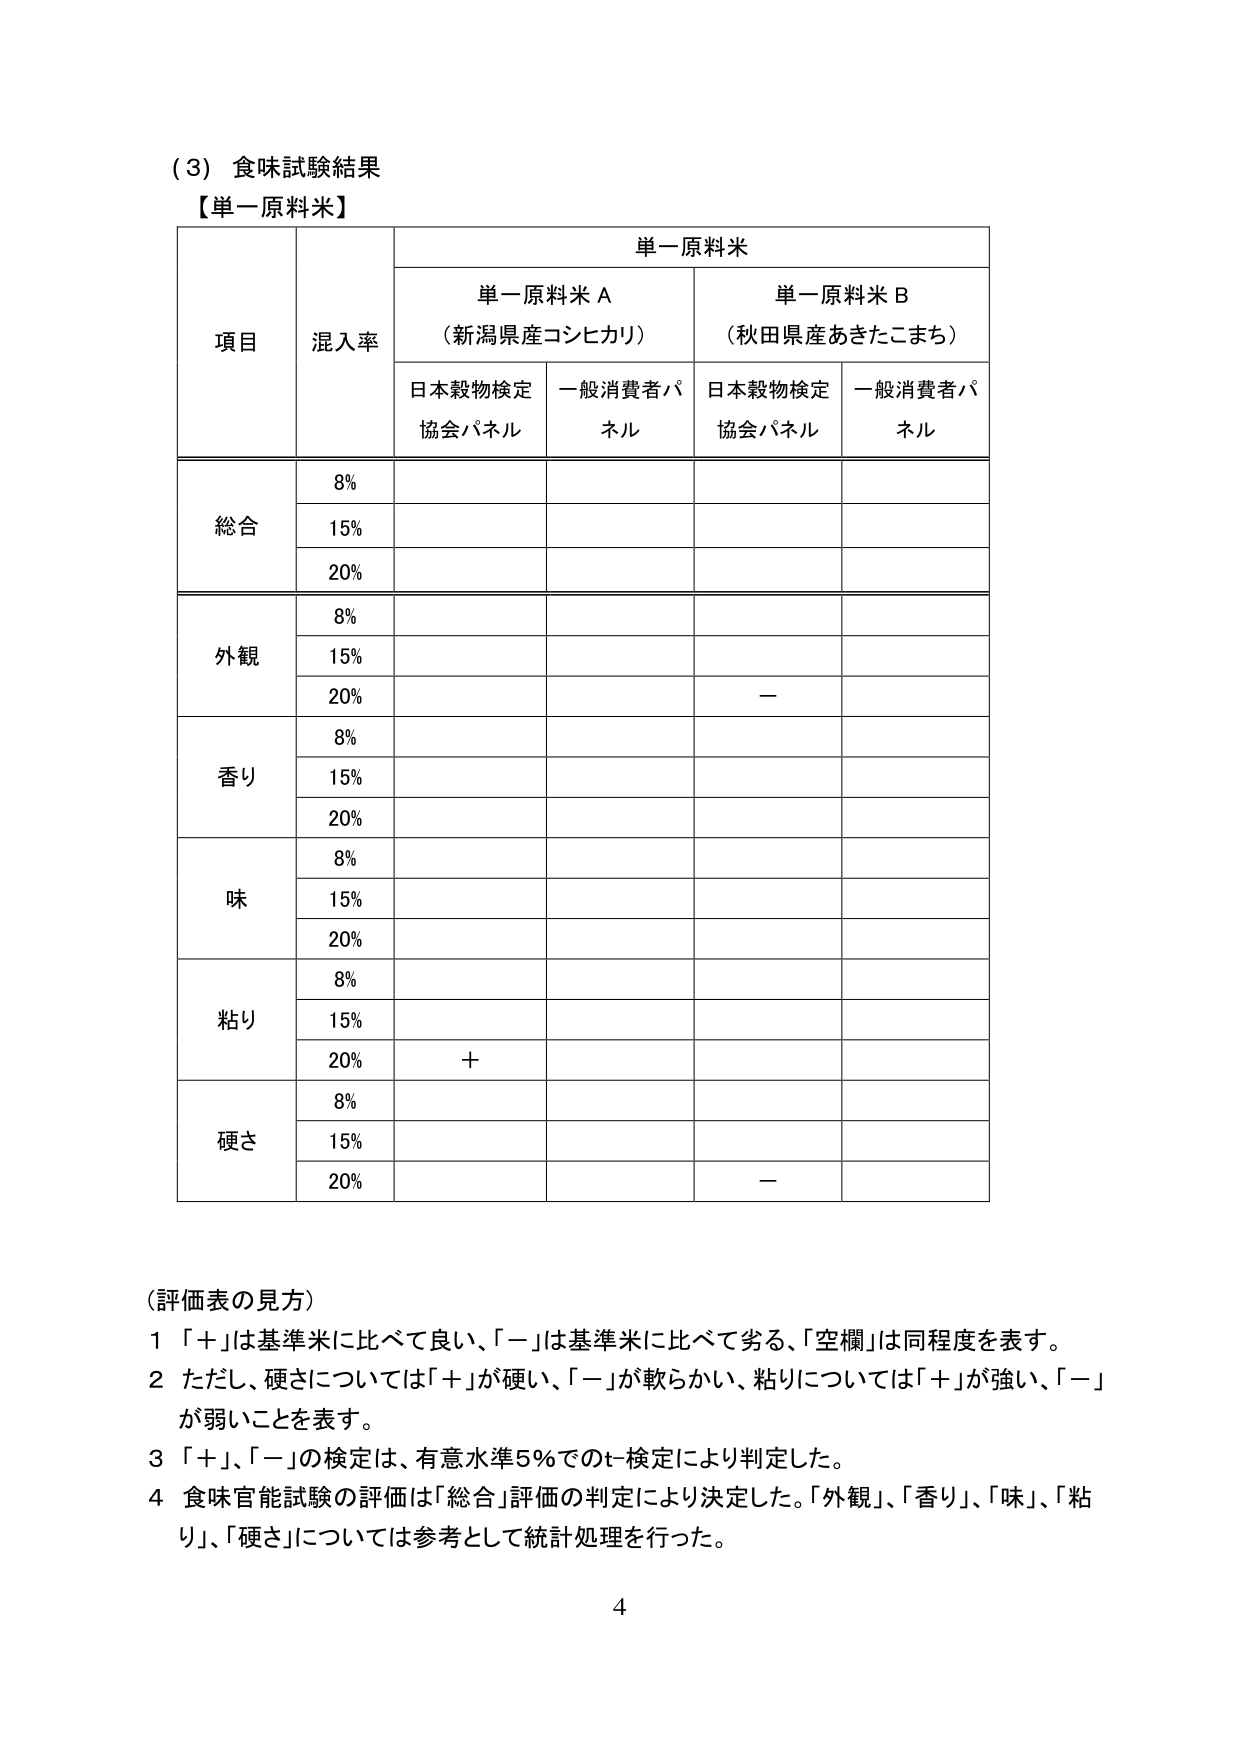
(3) 食味試験結果
【単一原料米】

単一原料米
　単一原料米 A
　　（新潟県産コシヒカリ）
　　日本穀物検定協会パネル　一般消費者パネル
　単一原料米 B
　　（秋田県産あきたこまち）
　　日本穀物検定協会パネル　一般消費者パネル

項目　混入率

総合
　8%
　15%
　20%

外観
　8%
　15%
　20%　－

香り
　8%
　15%
　20%

味
　8%
　15%
　20%

粘り
　8%
　15%
　20%　＋

硬さ
　8%
　15%
　20%　－

（評価表の見方）
1 「＋」は基準米に比べて良い、「－」は基準米に比べて劣る、「空欄」は同程度を表す。
2 ただし、硬さについては「＋」が硬い、「－」が軟らかい、粘りについては「＋」が強い、「－」が弱いことを表す。
3 「＋」、「－」の検定は、有意水準5％でのt-検定により判定した。
4 食味官能試験の評価は「総合」評価の判定により決定した。「外観」、「香り」、「味」、「粘り」、「硬さ」については参考として統計処理を行った。

4